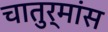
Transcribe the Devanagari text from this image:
चातुर्मांस